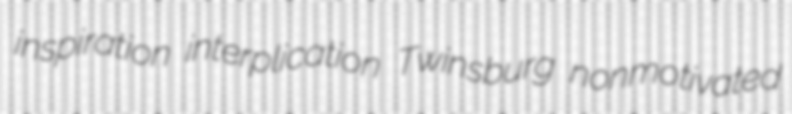
inspiration interplication Twinsburg nonmotivated